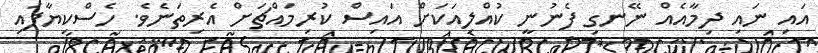
އައި ނައި ދިމާއެއް ނޭނގި ފެނުނީ ކުއްލިއަކަށް އައިސް ކުރިމައްޗަށް އެރިތަނެވެ. ހެސްކިޔާފައި